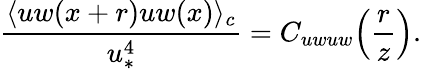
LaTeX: \frac{\langle uw(x+r)uw(x)\rangle_{c}}{u_{\ast}^{4}}=C_{uwuw}\! \left(\frac{r}{z}\right).